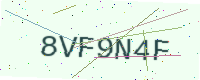
Text: 8VF9N4F